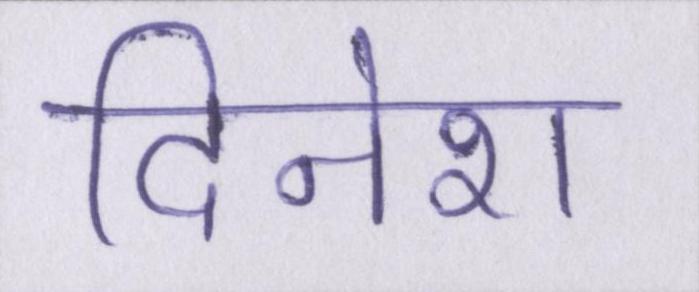
दिनेश